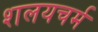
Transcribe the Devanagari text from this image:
शलयचर्म